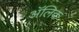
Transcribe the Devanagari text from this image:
अॅलिक